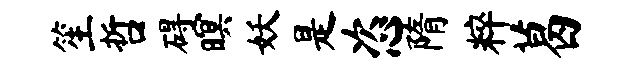
笙哲碍暝妖是恣隋粹葛